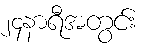
၂၄နာရီအတွင်း